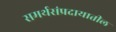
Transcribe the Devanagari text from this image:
समर्थसंप्रदायातील